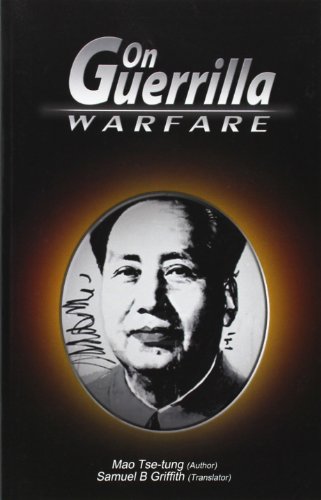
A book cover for On Guerrilla Warfare; Mao Tse-Tung; History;